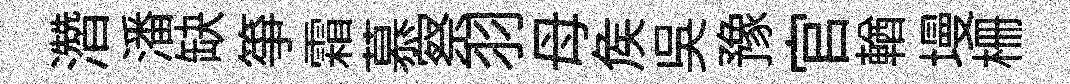
濳潘缺筝霜慕察羽母矦吳豫官輶墁栅